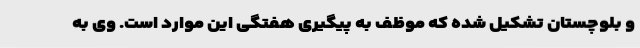
و بلوچستان تشکیل شده که موظف به پیگیری هفتگی این موارد است. وی به